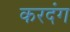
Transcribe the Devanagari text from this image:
करदंग